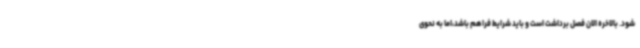
شود. بالاخره الان فصل برداشت است و باید شرایط فراهم باشد،اما به نحوی